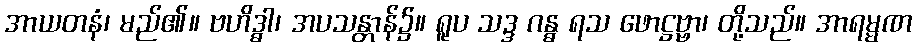
အာယတနံ၊ မည်၏။ ဗဟိဒ္ဓါ၊ အပသန္တာန်၌။ ရူပ သဒ္ဒ ဂန္ဓ ရသ ဖောဋ္ဌဗ္ဗာ၊ တို့သည်။ အာရမ္မဏ